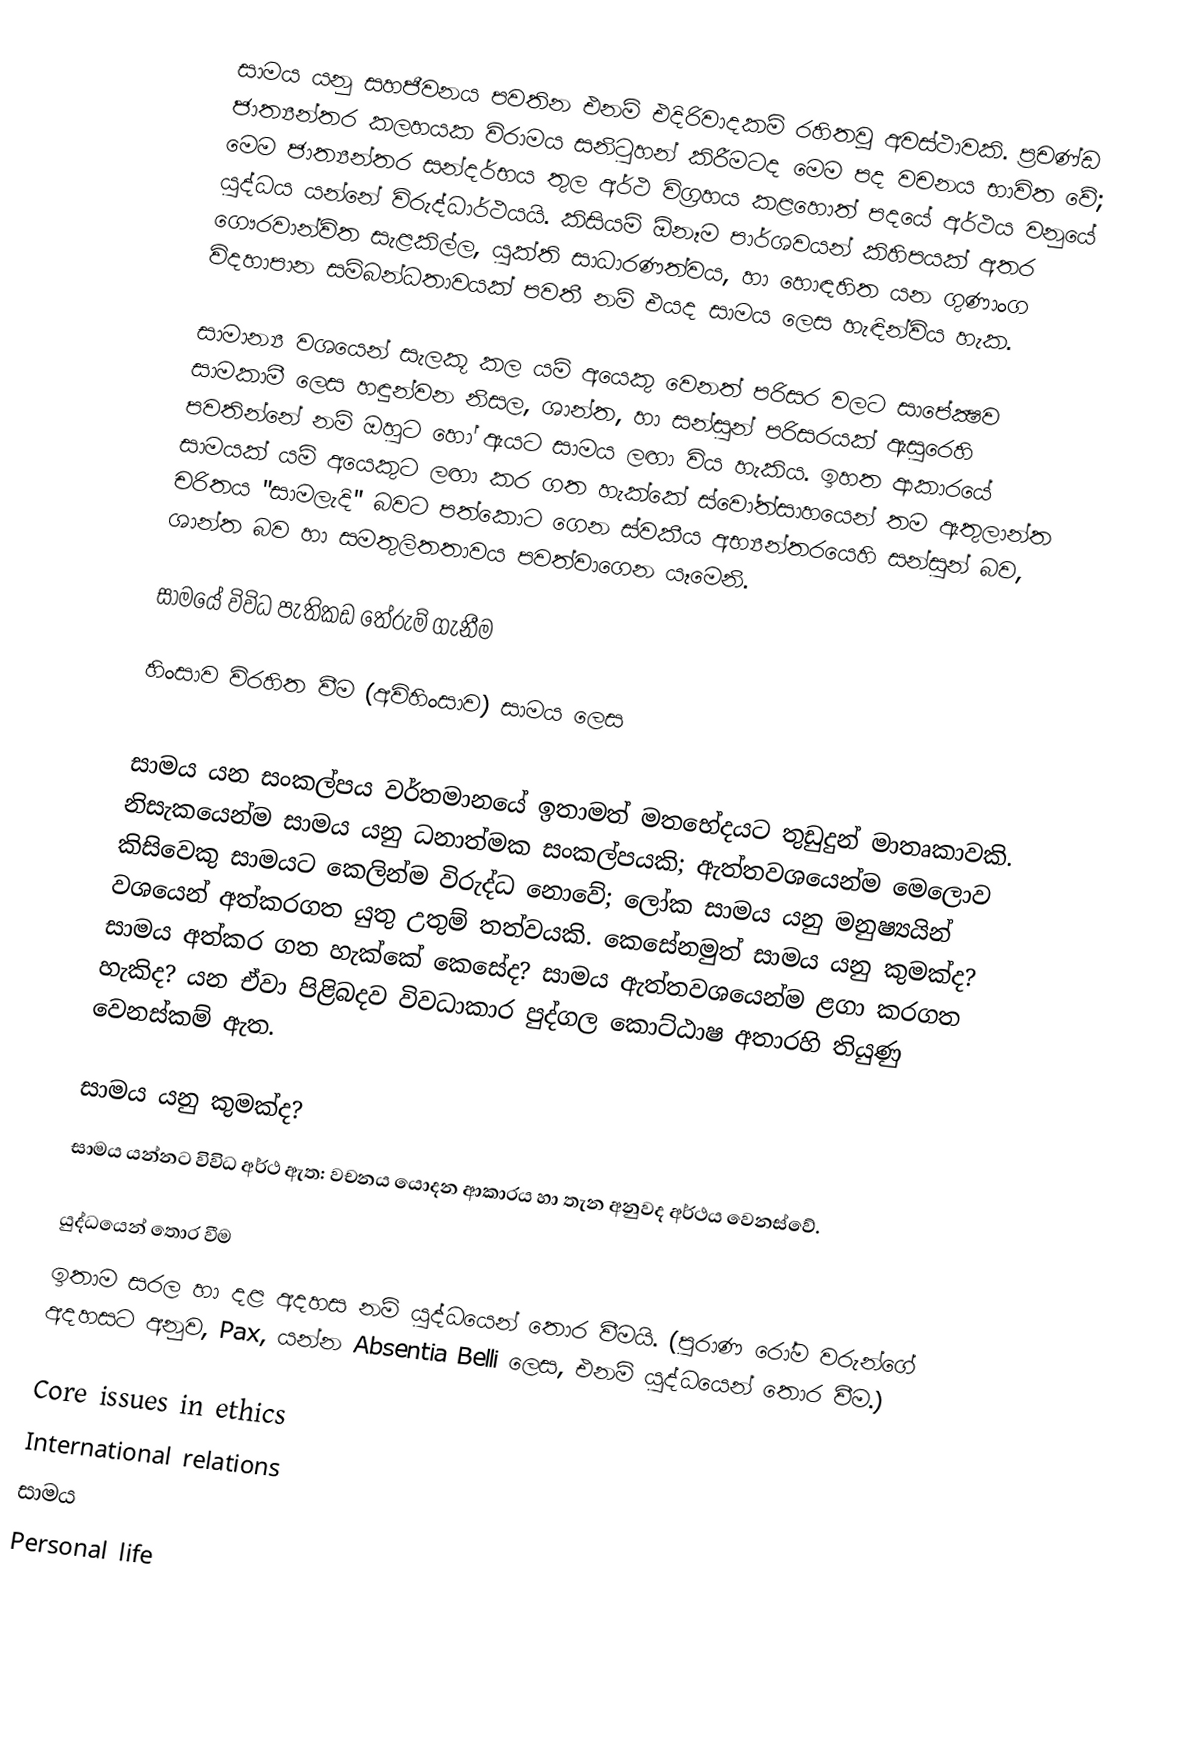
සාමය ‍යනු සහජීවනය පවතින එනම් එදිරිවාදකම් රහිතවූ අවස්ථාවකි. ප්‍රචණ්ඩ ජාත්‍යන්තර කලහයක විරාමය සනිටුහන් කිරීමටද මෙම පද වචනය භාවිත වේ; මෙම ජාත්‍යන්තර සන්දර්භය තුල අර්ථ විග‍්‍රහය කළහොත් පදයේ අර්ථය වනුයේ යුද්ධය ‍යන්නේ විරුද්ධාර්ථයයි. කිසියම් ඕනෑම පාර්ශවයන් කිහිපයක් අතර ගෞරවාන්විත සැළකිල්ල, යුක්ති සාධාරණත්වය, හා හොඳහිත යන ගුණාංග විදහාපාන සම්බන්ධතාවයක් පවතී නම් එයද සාමය ලෙස හැඳින්විය හැක.

සාමාන්‍ය වශයෙන් සැලකූ කල යම් අයෙකු වෙනත් පරිසර වලට සාපේක්‍ෂව සාමකාමී ලෙස හඳුන්වන නිසල, ශාන්ත, හා සන්සුන් පරිසරයක් ඇසුරෙහි පවතින්නේ නම් ඔහුට හෝ ඇයට සාමය ලඟා විය හැකිය. ඉහත ආකාරයේ සාමයක් යම් අයෙකුට ලඟා කර ගත හැක්කේ ස්වෝත්සාහයෙන් තම ඇතුලාන්ත චරිතය "සාමලැදි" බවට පත්කොට ගෙන ස්වකීය අභ්‍යන්තරයෙහි සන්සුන් බව, ශාන්ත බව හා සමතුලිතතාවය පවත්වාගෙන යෑමෙනි.

සාමයේ විවිධ පැතිකඩ තේරුම් ගැනීම

හිංසාව විරහිත වීම (අවිහිංසාව) සාමය ලෙස

සාමය යන සංකල්පය වර්තමානයේ ඉතාමත් මතභේදයට තුඩුදුන් මාතෘකාවකි. නිසැකයෙන්ම සාමය යනු ධනාත්මක සංකල්පයකි; ඇත්තවශයෙන්ම මෙලොව කිසිවෙකු සාමයට කෙලින්ම විරුද්ධ නොවේ; ලෝක සාමය යනු මනුෂ්‍යයින් වශයෙන් අත්කරගත යුතු උතුම් තත්වයකි. කෙසේනමුත් සාමය යනු කුමක්ද? සාමය අත්කර ගත හැක්කේ කෙසේද? සාමය ඇත්තවශයෙන්ම ළගා කරගත හැකිද? යන ඒවා පිළිබදව විවධාකාර ‍පුද්ගල කොට්ඨාෂ අතාරහි තියුණු වෙනස්කම් ඇත.

සාමය යනු කුමක්ද?
සාමය යන්නට විවිධ අර්ථ ඇත: වචනය යොදන ආකාරය හා තැන අනුවද අර්ථය වෙනස්වේ.

යුද්ධයෙන් තොර වීම
ඉතාම සරල හා දළ අදහස නම් යුද්ධයෙන් තොර වීමයි. (පුරාණ රෝම වරුන්ගේ අදහසට අනුව, Pax, යන්න Absentia Belli ලෙස, එනම් යුද්ධයෙන් තොර වීම.)

Core issues in ethics
International relations
සාමය
Personal life